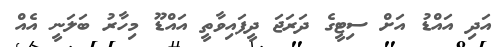
އަދި އައްޑު އަށް ސިޓީގެ ދަރަޖަ ދީފައިވާތީ އައްޑޫ މިހާރު ބަލަނީ އެއް